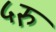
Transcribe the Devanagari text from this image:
५रु